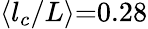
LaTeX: \langle{l_{c}}/L\rangle{=}0.28